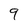
Character: 9